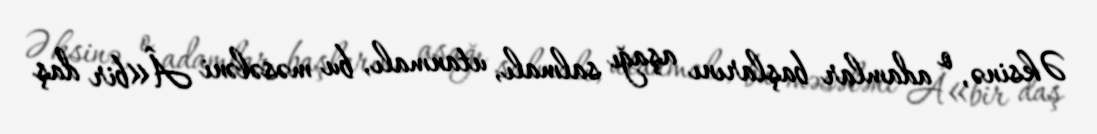
Əksinə, o adamlar başlarını aşağı salmalı, utanmalı, bu məsələni Â«bir daş